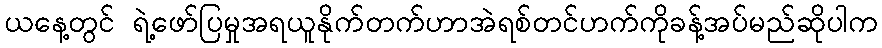
ယနေ့တွင် ရဲ့ဖော်ပြမှုအရယူနိုက်တက်ဟာအဲရစ်တင်ဟက်ကိုခန့်အပ်မည်ဆိုပါက